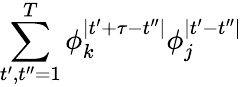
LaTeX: \sum_{t^{\prime},t^{\prime\prime}=1}^{T}\phi_{k}^{\mid t^{\prime}+\tau-t^{\prime\prime}\mid}\phi_{j}^{\mid t^{\prime}-t^{\prime\prime}\mid}